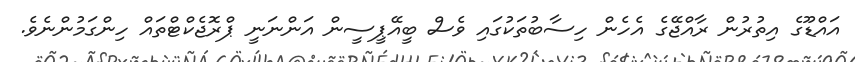
އައްޑޫގެ އިތުރުން ރާއްޖޭގެ އެހެން ހިސާބުތަކުގައި ވެސް ބީއޭޕީސީން އަންނަނީ ޕްރޮޖެކްޓްތައް ހިންގަމުންނެވެ.